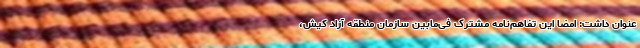
عنوان داشت: امضا این تفاهم‌نامه مشترک فی‌مابین سازمان منطقه آزاد کیش،